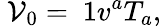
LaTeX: {\ \mathcal{V}}_{0}=\mathrm{{\mathbf~1}}v^{a}T_{a},